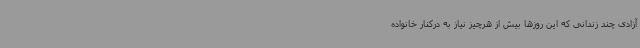
آزادی چند زندانی که این روزها بیش از هرچیز نیاز به درکنار خانواده‌